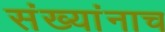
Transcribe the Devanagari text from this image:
संख्यांनाच